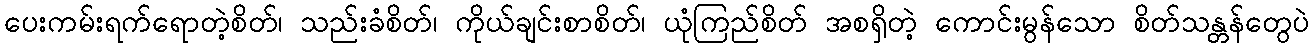
ပေးကမ်းရက်ရောတဲ့စိတ်၊ သည်းခံစိတ်၊ ကိုယ်ချင်းစာစိတ်၊ ယုံကြည်စိတ် အစရှိတဲ့ ကောင်းမွန်သော စိတ်သန္တန်တွေပဲ